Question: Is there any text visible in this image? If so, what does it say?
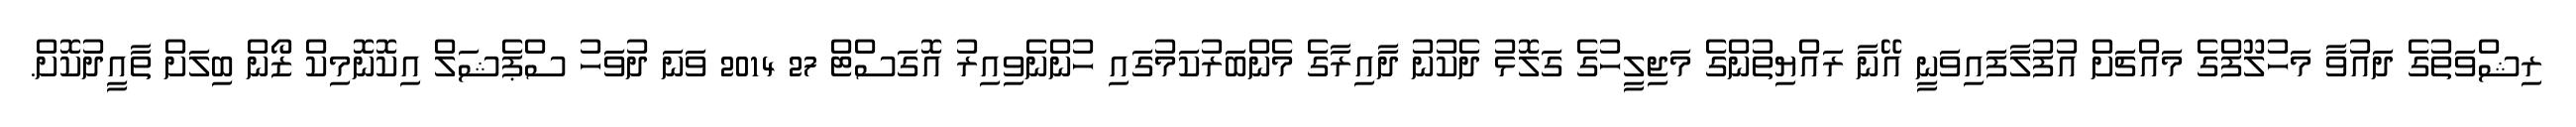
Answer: ރިޝްވަތުގެ ދައުވާ މަހުލޫފްގެ މައްޗަށް އުފުލާފައިވަނީ އޭނާ ރައްޔިތުންގެ މަޖިލީހުގެ ގަލޮޅު ދެކުނު ދާއިރާގެ މެންބަރުކަމުގައި ހުންނެވިއިރު އޮގަސްޓް 27 2014 ވަނަ ދުވަހު ސްޕެޝަލް އިކޮނޮމިކް ޒޯން ބިލަށް ތާއީދުކޮށް.